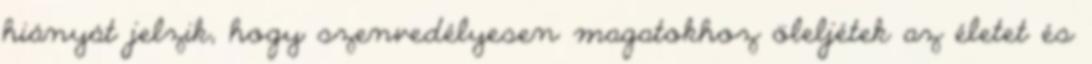
hiányát jelzik, hogy szenvedélyesen magatokhoz öleljétek az életet és